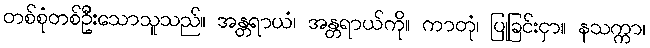
တစ်စုံတစ်ဦးသောသူသည်။ အန္တရာယံ၊ အန္တရာယ်ကို။ ကာတုံ၊ ပြုခြင်းငှာ။ နသက္ကာ၊